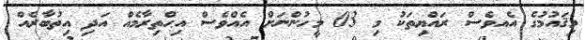
މިޤައުމުގެ އެއވެސް ރައްޔިތަކު މި 03 މީހުންނަށް އެއްވެސް އިޙްތިރާމެއް އަދި އިތުބާރެއް